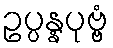
ဥပ္ပန္နပုဗ္ဗံ